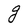
Character: g